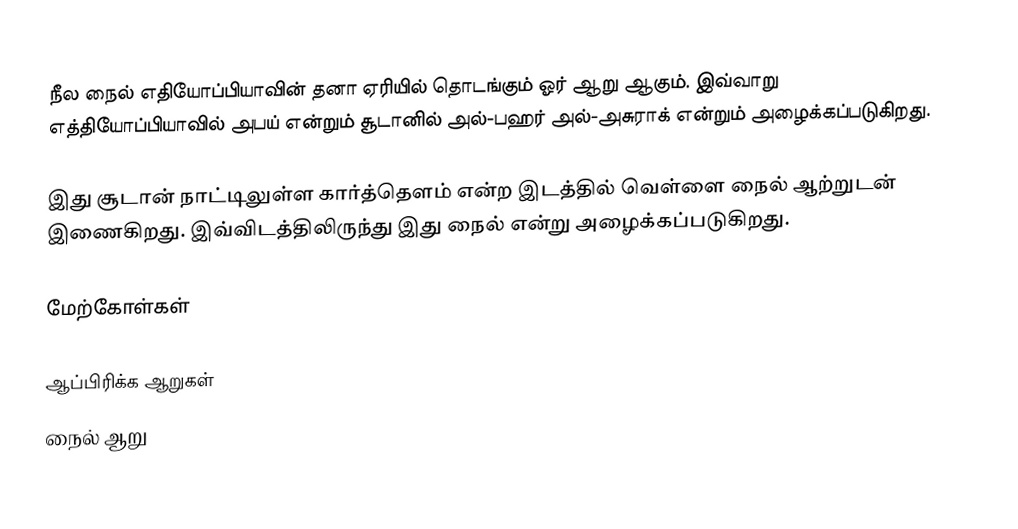
நீல நைல் எதியோப்பியாவின் தனா ஏரியில் தொடங்கும் ஓர் ஆறு ஆகும். இவ்வாறு எத்தியோப்பியாவில் அபய் என்றும் சூடானில் அல்-பஹர் அல்-அசுராக் என்றும் அழைக்கப்படுகிறது.

இது சூடான் நாட்டிலுள்ள கார்த்தௌம் என்ற இடத்தில் வெள்ளை நைல் ஆற்றுடன் இணைகிறது. இவ்விடத்திலிருந்து இது நைல் என்று அழைக்கப்படுகிறது.

மேற்கோள்கள்

ஆப்பிரிக்க ஆறுகள்
நைல் ஆறு